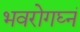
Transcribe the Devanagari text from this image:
भवरोगघ्नं